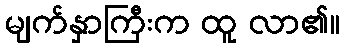
မျက်နှာကြီးက ထူ လာ၏။